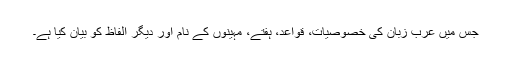
جس میں عرب زبان کی خصوصیات، قواعد، ہفتے، مہینوں کے نام اور دیگر الفاظ کو بیان کیا ہے۔